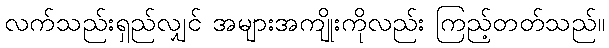
လက်သည်းရှည်လျှင် အများအကျိုးကိုလည်း ကြည့်တတ်သည်။